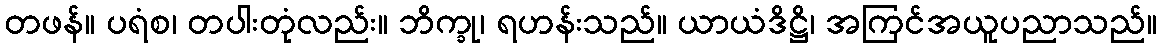
တဖန်။ ပရံစ၊ တပါးတုံလည်း။ ဘိက္ခု၊ ရဟန်းသည်။ ယာယံဒိဋ္ဌိ၊ အကြင်အယူပညာသည်။